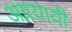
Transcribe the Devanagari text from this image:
अग्रयायी